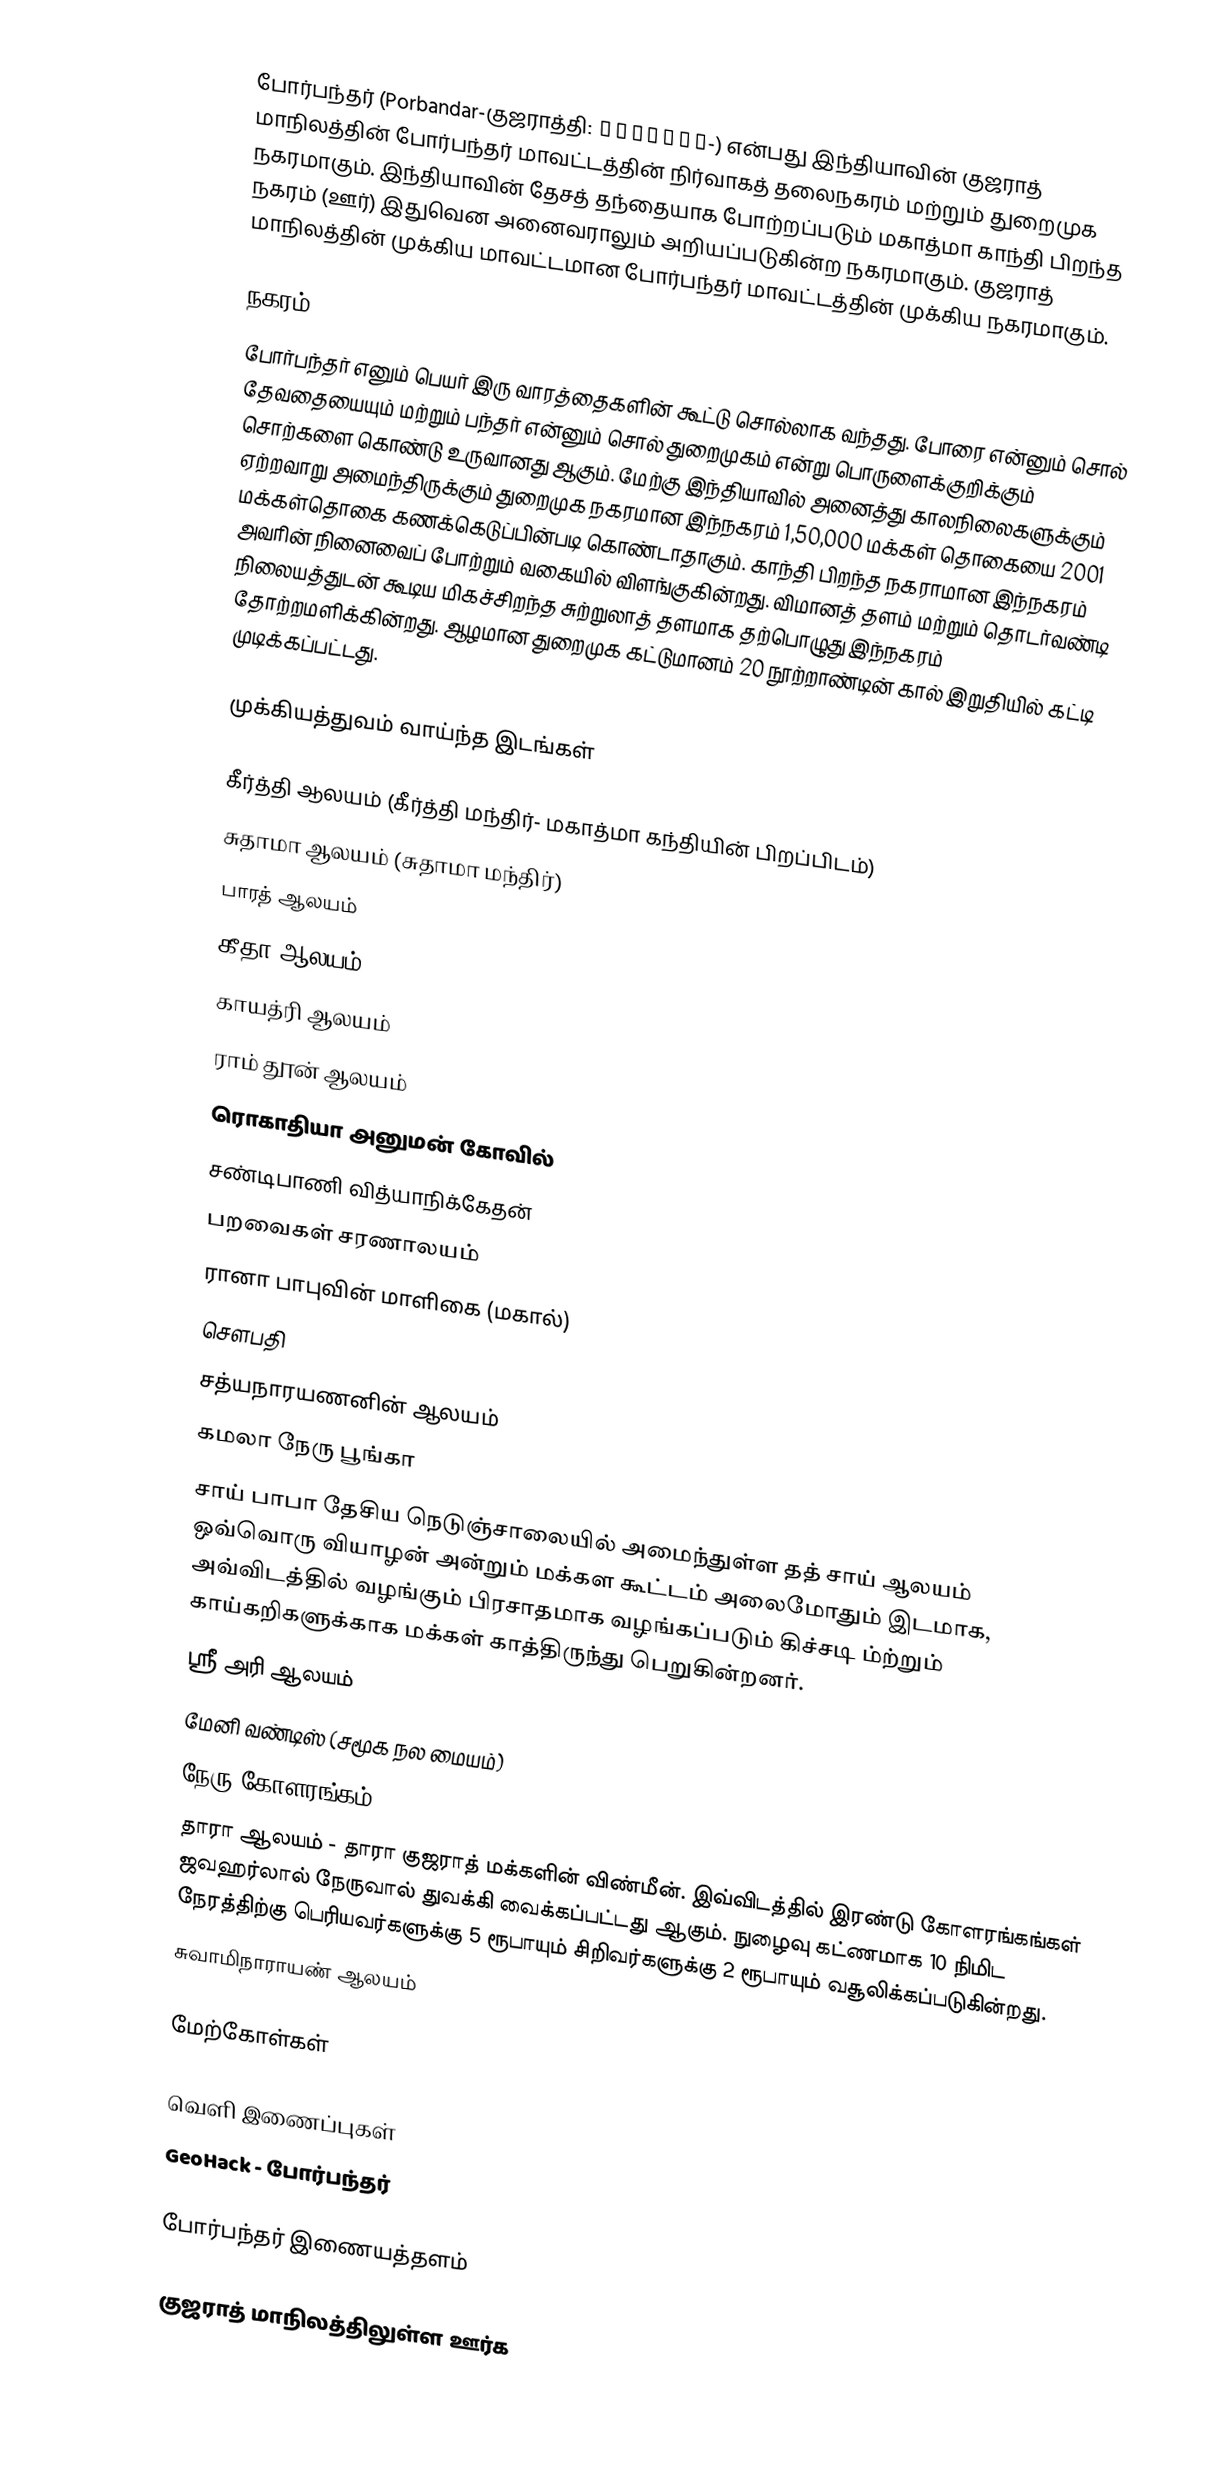
போர்பந்தர் (Porbandar-குஜராத்தி: પોરબંદર-) என்பது இந்தியாவின் குஜராத் மாநிலத்தின் போர்பந்தர் மாவட்டத்தின் நிர்வாகத் தலைநகரம் மற்றும் துறைமுக நகரமாகும். இந்தியாவின் தேசத் தந்தையாக போற்றப்படும் மகாத்மா காந்தி பிறந்த நகரம் (ஊர்) இதுவென அனைவராலும் அறியப்படுகின்ற நகரமாகும். குஜராத் மாநிலத்தின் முக்கிய மாவட்டமான போர்பந்தர் மாவட்டத்தின் முக்கிய நகரமாகும்.

நகரம்
போர்பந்தர் எனும் பெயர்  இரு வாரத்தைகளின் கூட்டு சொல்லாக வந்தது. போரை என்னும் சொல் தேவதையையும் மற்றும் பந்தர் என்னும் சொல் துறைமுகம் என்று பொருளைக்குறிக்கும் சொற்களை கொண்டு உருவானது ஆகும். மேற்கு இந்தியாவில் அனைத்து காலநிலைகளுக்கும் ஏற்றவாறு அமைந்திருக்கும் துறைமுக நகரமான இந்நகரம் 1,50,000 மக்கள் தொகையை 2001 மக்கள்தொகை கணக்கெடுப்பின்படி கொண்டாதாகும். காந்தி  பிறந்த நகராமான இந்நகரம் அவரின் நினைவைப் போற்றும் வகையில் விளங்குகின்றது. விமானத் தளம் மற்றும் தொடர்வண்டி நிலையத்துடன் கூடிய மிகச்சிறந்த சுற்றுலாத் தளமாக தற்பொழுது இந்நகரம் தோற்றமளிக்கின்றது. ஆழமான துறைமுக கட்டுமானம் 20 நூற்றாண்டின் கால் இறுதியில் கட்டி முடிக்கப்பட்டது.

முக்கியத்துவம் வாய்ந்த இடங்கள்

கீர்த்தி ஆலயம்  (கீர்த்தி மந்திர்- மகாத்மா கந்தியின் பிறப்பிடம்)
சுதாமா ஆலயம் (சுதாமா மந்திர்)
பாரத் ஆலயம்
கீதா ஆலயம்
காயத்ரி ஆலயம்
ராம் தூன் ஆலயம்
ரொகாதியா அனுமன் கோவில்
சண்டிபாணி வித்யாநிக்கேதன்
பறவைகள் சரணாலயம்
ரானா பாபுவின் மாளிகை (மகால்)
சௌபதி
சத்யநாரயணனின் ஆலயம்
கமலா நேரு பூங்கா
சாய் பாபா தேசிய நெடுஞ்சாலையில் அமைந்துள்ள தத் சாய் ஆலயம் ஒவ்வொரு வியாழன் அன்றும் மக்கள கூட்டம் அலைமோதும் இடமாக, அவ்விடத்தில் வழங்கும் பிரசாதமாக வழங்கப்படும் கிச்சடி ம்ற்றும் காய்கறிகளுக்காக மக்கள் காத்திருந்து பெறுகின்றனர்.
 ஸ்ரீ அரி ஆலயம்
மேனி வண்டிஸ் (சமூக நல மையம்)
நேரு கோளரங்கம்
தாரா ஆலயம்  - தாரா குஜராத் மக்களின் விண்மீன். இவ்விடத்தில் இரண்டு கோளரங்கங்கள் ஜவஹர்லால் நேருவால் துவக்கி வைக்கப்பட்டது ஆகும். நுழைவு கட்ணமாக 10 நிமிட நேரத்திற்கு பெரியவர்களுக்கு 5 ரூபாயும் சிறிவர்களுக்கு 2 ரூபாயும் வசூலிக்கப்படுகின்றது.
சுவாமிநாராயண் ஆலயம்

மேற்கோள்கள்

வெளி இணைப்புகள்
 GeoHack - போர்பந்தர்

 போர்பந்தர் இணையத்தளம்

குஜராத் மாநிலத்திலுள்ள ஊர்க